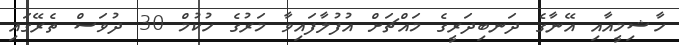
ހާޝިމީއާއި އޭނާގެ ދަނބިދަރީގެ މައްޗަށް އުފުލާފައިވާ މަރުގެ ހުކުމް 30 ދުވަސް ތެރޭގައި